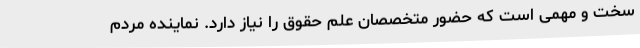
سخت و مهمی است که حضور متخصصان علم حقوق را نیاز دارد. نماینده مردم